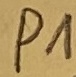
Text: P1